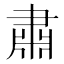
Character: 肅